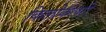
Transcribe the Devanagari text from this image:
किलोकॅलरी